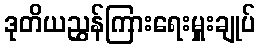
ဒုတိယညွှန်ကြားရေးမှူးချုပ်